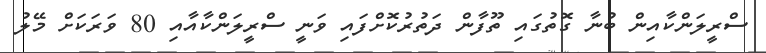
ސްރީލަންކާއިން ބުނާ ގޮތުގައި ތޫފާން ދަތުރުކޮށްފައި ވަނީ ސްރީލަންކާއާއި 80 ވަރަކަށް މޭލު